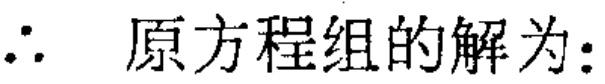
\(\therefore\) 原方程组的解为：